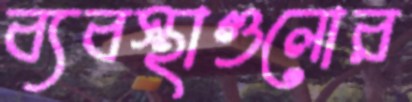
ব্যবস্থাগুলোর